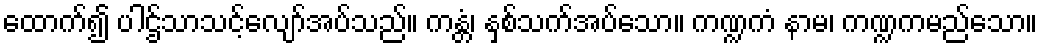
ထောက်၍ ပါဌ်သာသင့်လျော်အပ်သည်။ ကန္တံ၊ နှစ်သက်အပ်သော။ ကဏ္ဍကံ နာမ၊ ကဏ္ဍကမည်သော။